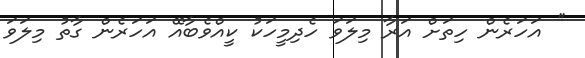
'' އަހަރެން ހިތަށް އަރާ މިލަވަ ހެދިމީހަކު ކީއްވެބާއޭ އަހަރެން ގާތު މިލަވަ